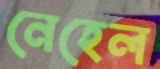
নেহেল